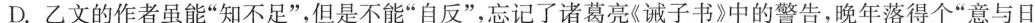
D.乙文的作者虽能”知不足”，但是不能”自反”，忘记了诸葛亮《诫子书》中的警告，晚年落得个”意与日